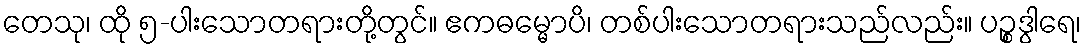
တေသု၊ ထို ၅-ပါးသောတရားတို့တွင်။ ဧကဓမ္မောပိ၊ တစ်ပါးသောတရားသည်လည်း။ ပဉ္စဒွါရေ၊